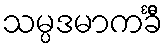
သမ္ပဒမာကင်္ခီ